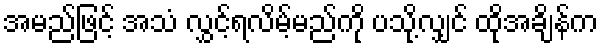
အမည်ဖြင့် အသံ လွှင့်ရလိမ့်မည်ကို ပသို့လျှင် ထိုအချိန်က